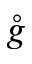
\mathring { g }